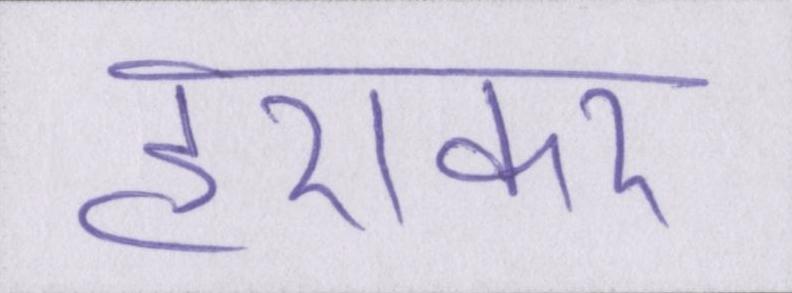
हराकर